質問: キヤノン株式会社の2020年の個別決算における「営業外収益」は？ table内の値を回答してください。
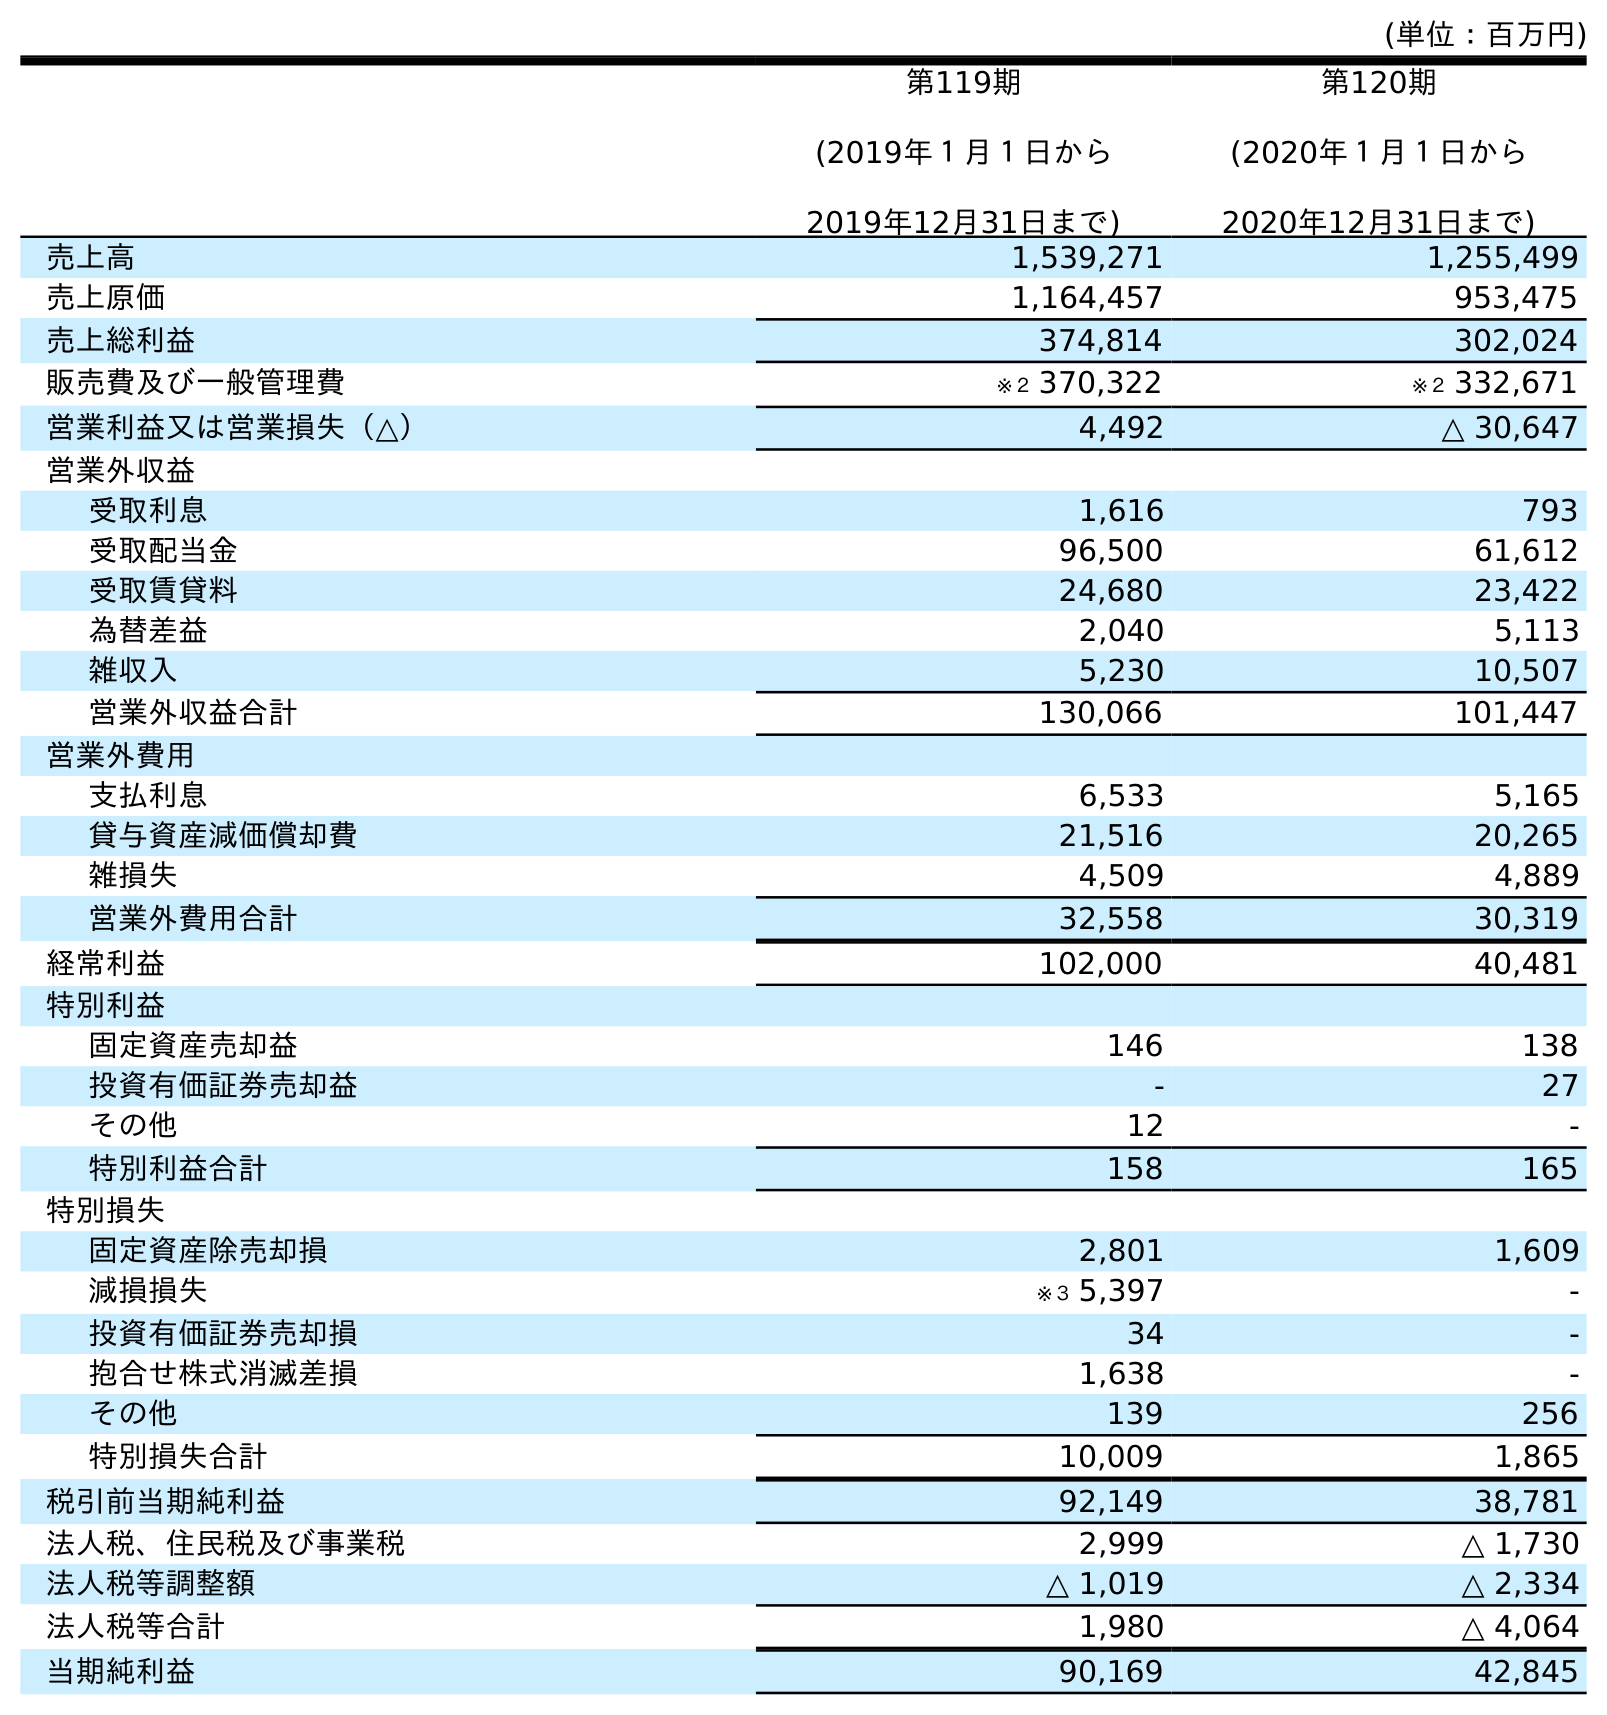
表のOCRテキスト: (単位：百万円) 第119期 (2019年１月１日から 2019年12月31日まで) 第120期 (2020年１月１日から 2020年12月31日まで) 売上高 1,539,271 1,255,499 売上原価 1,164,457 953,475 売上総利益 374,814 302,024 販売費及び一般管理費 ※２ 370,322 ※２ 332,671 営業利益又は営業損失（△） 4,492 △ 30,647 営業外収益 受取利息 1,616 793 受取配当金 96,500 61,612 受取賃貸料 24,680 23,422 為替差益 2,040 5,113 雑収入 5,230 10,507 営業外収益合計 130,066 101,447 営業外費用 支払利息 6,533 5,165 貸与資産減価償却費 21,516 20,265 雑損失 4,509 4,889 営業外費用合計 32,558 30,319 経常利益 102,000 40,481 特別利益 固定資産売却益 146 138 投資有価証券売却益 - 27 その他 12 - 特別利益合計 158 165 特別損失 固定資産除売却損 2,801 1,609 減損損失 ※３ 5,397 - 投資有価証券売却損 34 - 抱合せ株式消滅差損 1,638 - その他 139 256 特別損失合計 10,009 1,865 税引前当期純利益 92,149 38,781 法人税、住民税及び事業税 2,999 △ 1,730 法人税等調整額 △ 1,019 △ 2,334 法人税等合計 1,980 △ 4,064 当期純利益 90,169 42,845
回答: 101,447